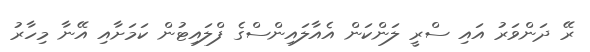
ރޭ ދަންވަރު އައި ސްރީ ލަންކަން އެއާލައިންސްގެ ފްލައިޓުން ކަމަށާއި އޭނާ މިހާރު